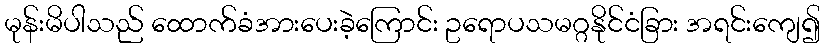
မုန်းမိပါသည် ထောက်ခံအားပေးခဲ့ကြောင်း ဥရောပသမဂ္ဂနိုင်ငံခြား အရင်းကျေ၍